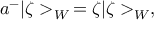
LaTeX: a ^ { - } | \zeta > _ { W } \, = \zeta | \zeta > _ { W } ,